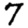
Digit: 7